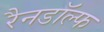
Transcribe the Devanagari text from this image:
रैनडॉल्फ